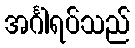
အင်္ဂါရပ်သည်